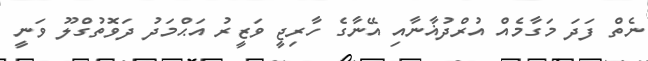
ނެތް ފަދަ މަގާމެއް އުރްދުޣާނާއި އޭނާގެ ހާރިޖީ ވަޒީރު އަޙްމަދު ދަވޮތުގްލޫ ވަނީ